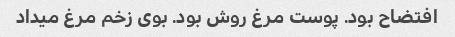
افتضاح بود. پوست مرغ روش بود. بوی زخم مرغ میداد